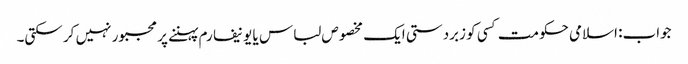
جواب: اسلامی حکومت کسی کو زبردستی ایک مخصوص لباس یا یونیفارم پہننے پر مجبور نہیں کر سکتی۔